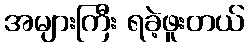
အများကြီး ရခဲ့ဖူးတယ်